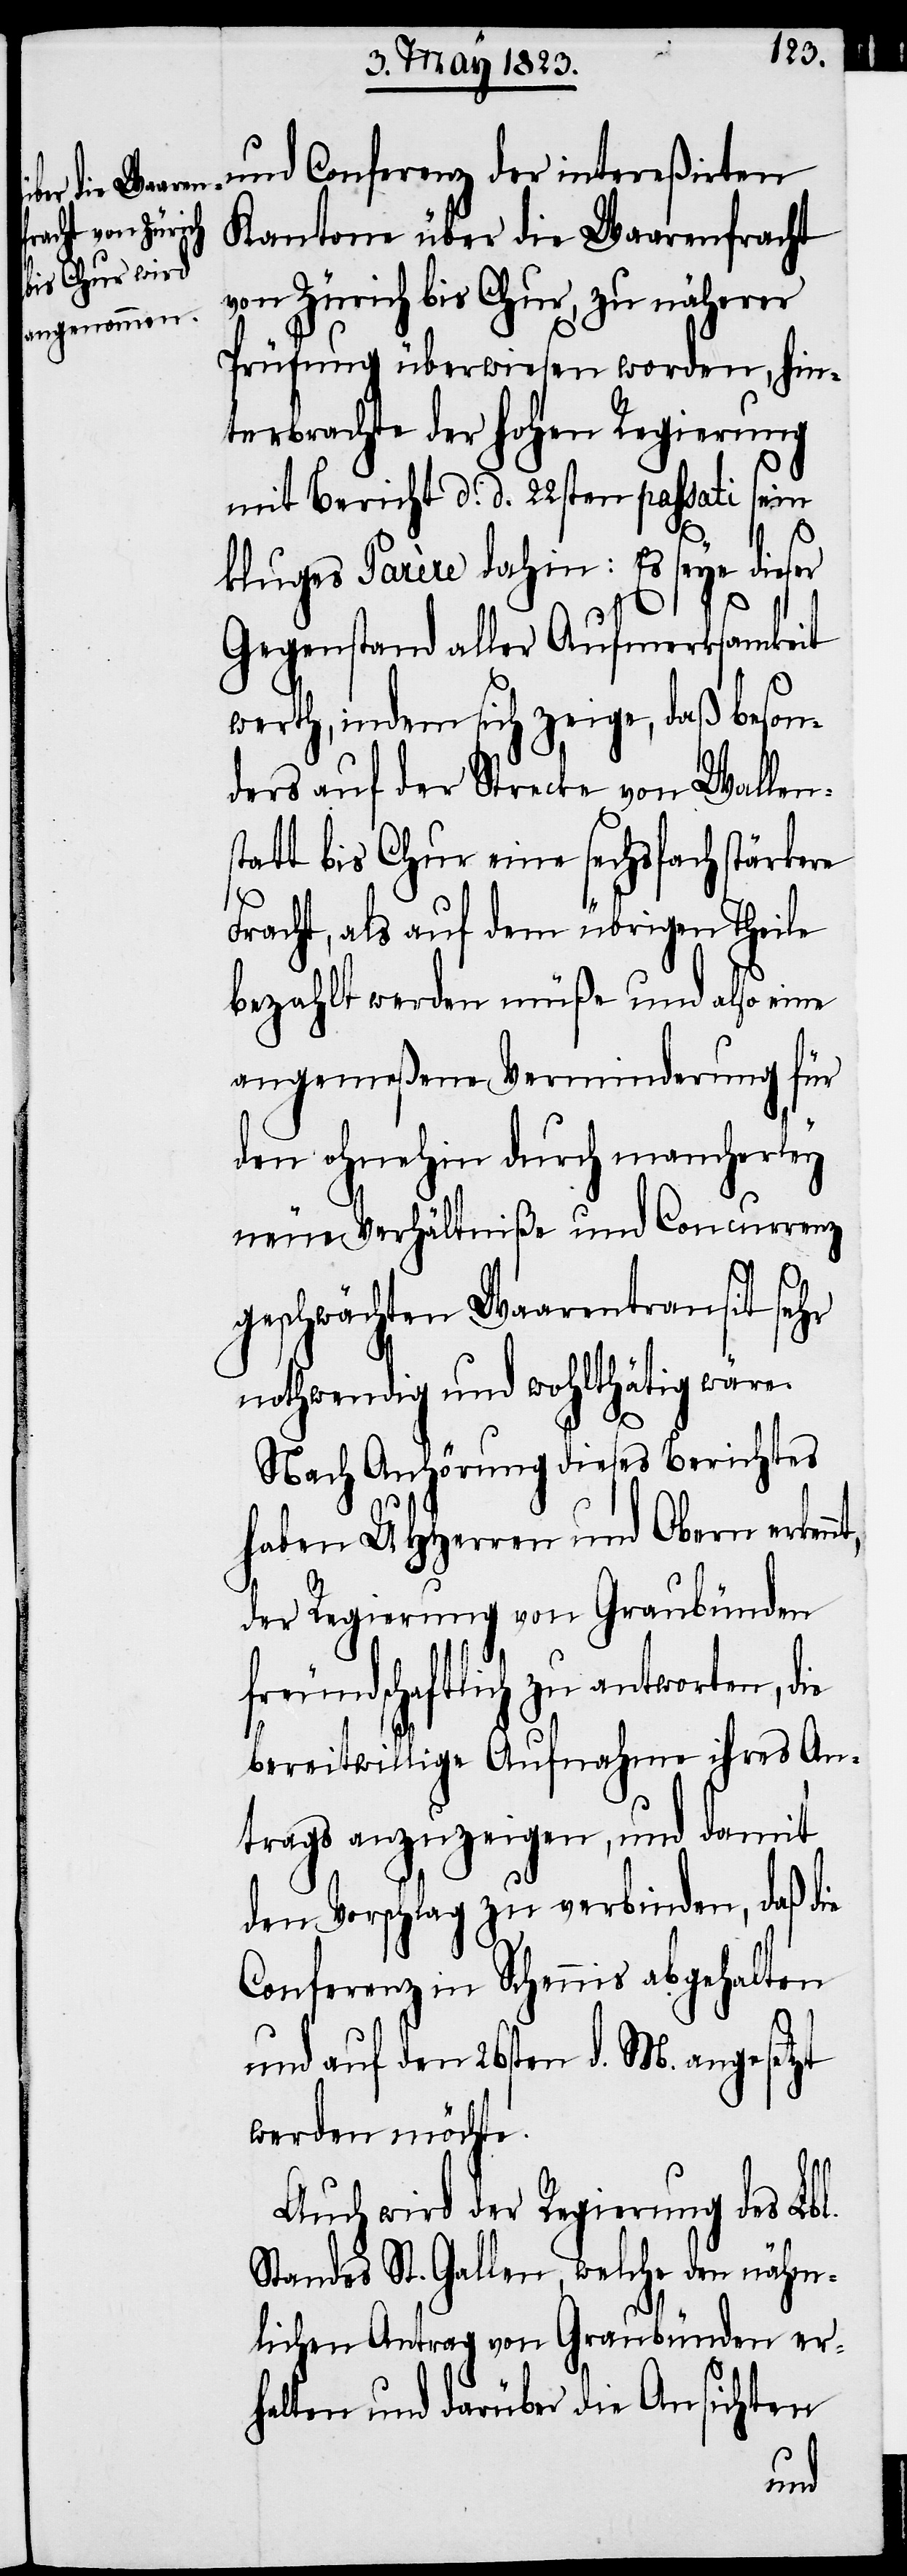
nt,
Kantone über die Waarenfracht
von Zürich bis Chur, zu näherer
Prüfung überwiesen worden, hin¬
terbrachte der hohen Regierung
mit Bericht d. d. 22sten passati sein
s¬
kluges Parère dahin: Es seye dieser
Gegenstand aller Aufmerksamkeit
werth, indem sich zeige, daß beson¬
ders auf der Strecke von Wallen¬
tatt bis Chur eine sechsfach stärkere
Fracht, als auf dem übrigen Theile
bezahlt werden müße und also eine
angemeßene Verminderung für
den ohnehin durch mancherley
neue Verhältniße und Concurrenz
geschwächten Waarentransit sehr
nothwendig und wohlthätig wäre.
Nach Anhörung dieses Berichtes
haben UHHerren und Obern erken¬
der Regierung von Graubünden
freundschaftlich zu antworten, die
bereitwillige Aufnahme ihres An¬
trags anzuzeigen, und damit
den Vorschlag zu verbinden, daß die
Conferenz in Schennis abgehalten
und auf den 26sten d. M. angesetzt
werden möchte.
Auch wird der Regierung des Lbl.
Standes St. Gallen, welche den nähm¬
lichen Antrag von Graubünden er¬
halten und darüber die Ansichten
und